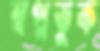
স্বপ্নভুক